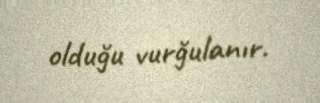
olduğu vurğulanır.